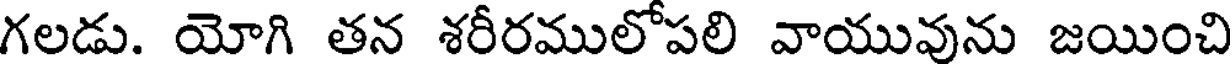
గలడు. యోగి తన శరీరములోపలి వాయువును జయించి